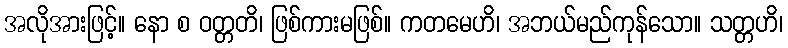
အလိုအားဖြင့်။ နော စ ဝတ္တတိ၊ ဖြစ်ကားမဖြစ်။ ကတမေဟိ၊ အဘယ်မည်ကုန်သော။ သတ္တဟိ၊